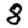
Digit: 8